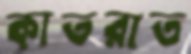
কাতরাত